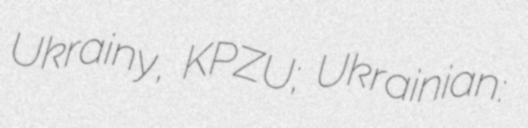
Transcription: Ukrainy, KPZU; Ukrainian: Комуністична